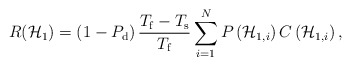
\begin{align*}R({\mathcal{H}_{1}}) = \left(1-{P}_{\mathrm{d}}\right) \frac{{T}_{\mathrm{f}}-{T}_{\mathrm{s}}}{{T}_{\mathrm{f}}}\sum_{i = 1}^{N} P\left( {\mathcal{H}}_{1,i}\right) C\left({\mathcal{H}}_{1,i}\right),\end{align*}